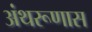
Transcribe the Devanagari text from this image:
अंथरूणास